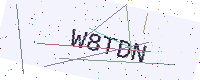
Text: W8TDN